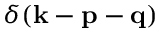
\delta ( { \bf { k } } - { \bf { p } } - { \bf { q } } )